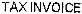
TAX INVOICE